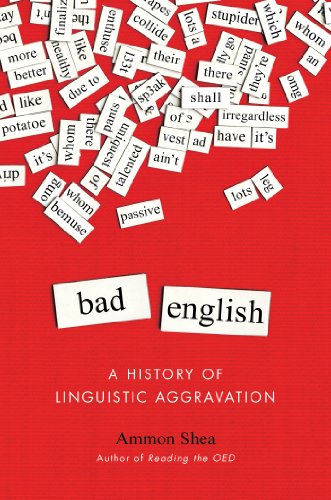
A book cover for Bad English: A History of Linguistic Aggravation; Ammon Shea; Reference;